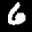
Label: 6